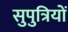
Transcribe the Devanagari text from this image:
सुपुत्रियों